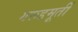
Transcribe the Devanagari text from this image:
गरूडमूर्ती